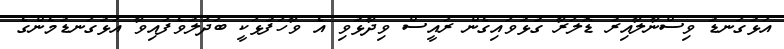
އަޅުގަނޑު ވިސްނާލާއިރު ޑޮލަރާ ގުޅުވައިގެން ރައީސް ވިދާޅުވި އެ ވާހަފުޅަކީ ބަދަލުވެފައިވާ އަޅުގަނޑުމެންގެ